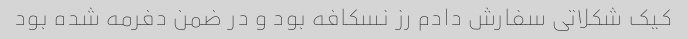
کیک شکلاتی سفارش دادم رز نسکافه بود و در ضمن دفرمه شده بود